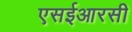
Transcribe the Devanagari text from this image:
एसईआरसी